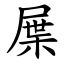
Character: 屟